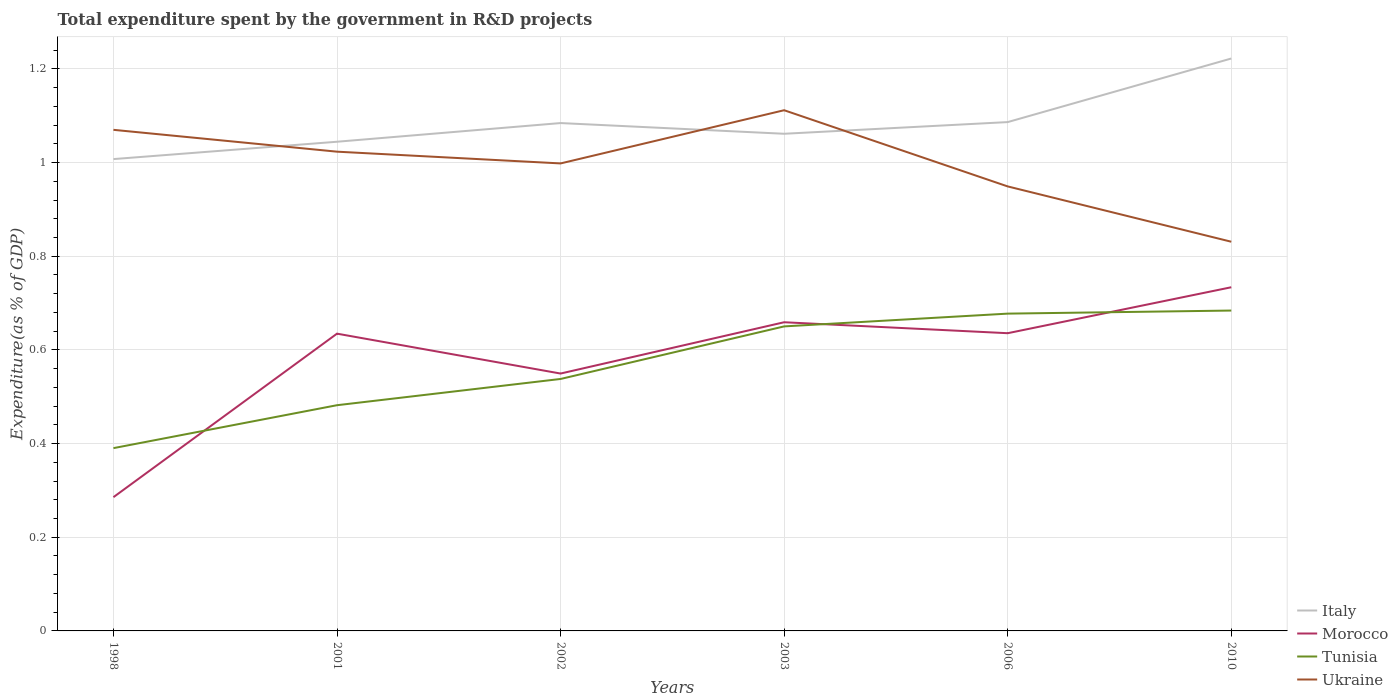
| Years | Italy | Morocco | Tunisia | Ukraine |
 | --- | --- | --- | --- | --- |
 | 1998 | 1.01 | 0.286 | 0.39 | 1.07 |
 | 2001 | 1.04 | 0.635 | 0.482 | 1.02 |
 | 2002 | 1.08 | 0.55 | 0.538 | 0.998 |
 | 2003 | 1.06 | 0.659 | 0.65 | 1.11 |
 | 2006 | 1.09 | 0.636 | 0.677 | 0.949 |
 | 2010 | 1.22 | 0.734 | 0.684 | 0.831 |